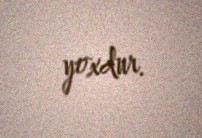
yoxdur.